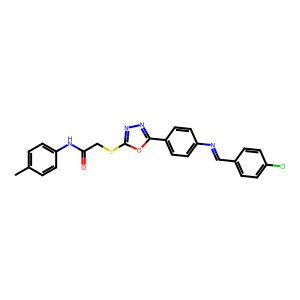
SMILES: Cc1ccc(NC(=O)CSc2nnc(-c3ccc(N=Cc4ccc(Cl)cc4)cc3)o2)cc1
Inhibits HIV replication: No